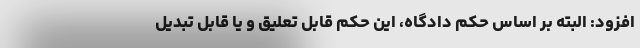
افزود: البته بر اساس حکم دادگاه، این حکم قابل تعلیق و یا قابل تبدیل